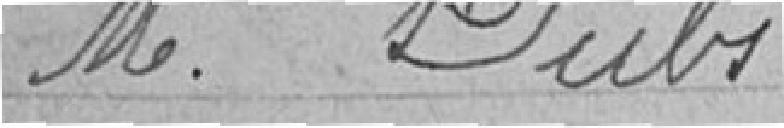
M. Dubs